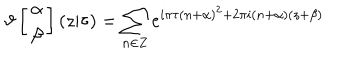
LaTeX: \vartheta \left[ \begin{array} { c } { { \alpha } } \\ { { \beta } } \\ \end{array} \right] ( z | \tau ) = \sum _ { n \in { \bf Z } } e ^ { i \pi \tau ( n + \alpha ) ^ { 2 } + 2 \pi i ( n + \alpha ) ( z + \beta ) }